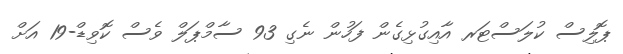
ޕޮލިސް ކުލަސްޓަރ އާއިގުޅިގެން ފަހުން ނެގި 93 ސާމްޕަލް ވެސް ކޮވިޑް-19 އަށް